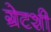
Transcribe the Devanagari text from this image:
ग्रेटशी